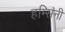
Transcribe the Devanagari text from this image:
हम्सिनी